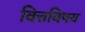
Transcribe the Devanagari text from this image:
वित्तविषय